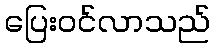
ပြေးဝင်လာသည်